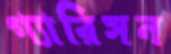
গ্যারিসন